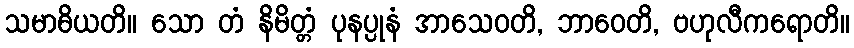
သမာဓိယတိ။ သော တံ နိမိတ္တံ ပုနပ္ပုနံ အာသေဝတိ, ဘာဝေတိ, ဗဟုလီကရောတိ။